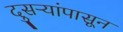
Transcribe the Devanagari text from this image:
दुसऱ्यांपासून